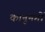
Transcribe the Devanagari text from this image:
कानूनगों